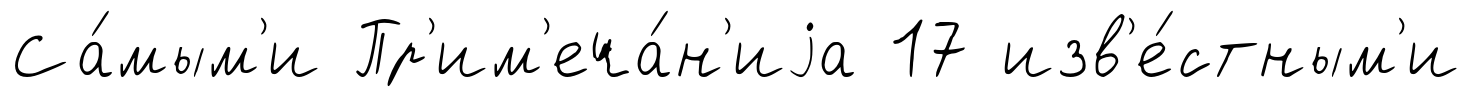
Са́мым'и Пр'им'еча́н'иjа 17 изв'е́стным'и